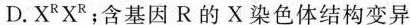
D.X^{R}X^{R}；含基因R的X染色体结构变异